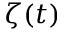
\zeta ( t )